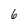
Character: 6